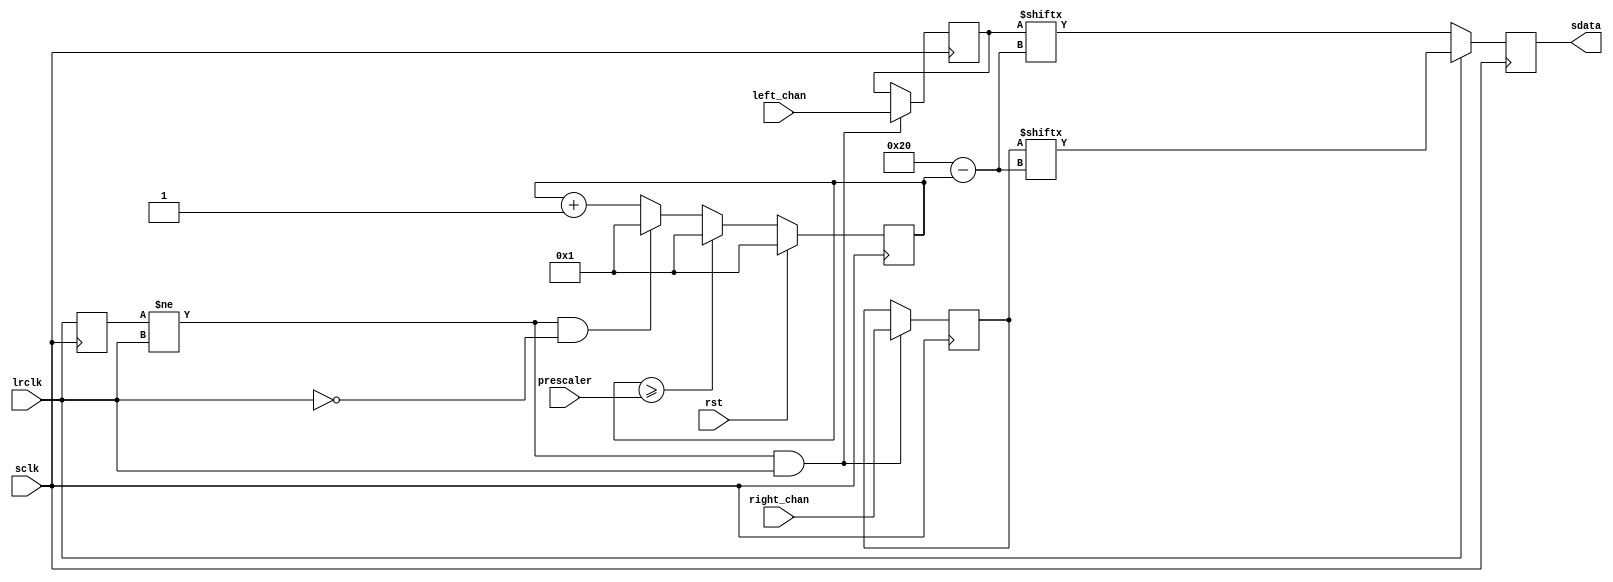
/*
 * Copyright (c) 2013, Stefan Kristiansson <stefan.kristiansson@saunalahti.fi>
 * All rights reserved.
 *
 * Redistribution and use in source and non-source forms, with or without
 * modification, are permitted provided that the following conditions are met:
 *     * Redistributions of source code must retain the above copyright
 *       notice, this list of conditions and the following disclaimer.
 *     * Redistributions in non-source form must reproduce the above copyright
 *       notice, this list of conditions and the following disclaimer in the
 *       documentation and/or other materials provided with the distribution.
 *
 * THIS WORK IS PROVIDED BY THE COPYRIGHT HOLDERS AND CONTRIBUTORS "AS IS"
 * AND ANY EXPRESS OR IMPLIED WARRANTIES, INCLUDING, BUT NOT LIMITED TO,
 * THE IMPLIED WARRANTIES OF MERCHANTABILITY AND FITNESS FOR A PARTICULAR
 * PURPOSE ARE DISCLAIMED. IN NO EVENT SHALL THE COPYRIGHT HOLDER OR
 * CONTRIBUTORS BE LIABLE FOR ANY DIRECT, INDIRECT, INCIDENTAL, SPECIAL,
 * EXEMPLARY, OR CONSEQUENTIAL DAMAGES (INCLUDING, BUT NOT LIMITED TO,
 * PROCUREMENT OF SUBSTITUTE GOODS OR SERVICES;
 * LOSS OF USE, DATA, OR PROFITS; OR BUSINESS INTERRUPTION) HOWEVER CAUSED AND
 * ON ANY THEORY OF LIABILITY, WHETHER IN CONTRACT, STRICT LIABILITY, OR TORT
 * (INCLUDING NEGLIGENCE OR OTHERWISE) ARISING IN ANY WAY OUT OF THE USE OF THIS
 * WORK, EVEN IF ADVISED OF THE POSSIBILITY OF SUCH DAMAGE.
 */

module i2s_tx #(
	parameter AUDIO_DW	= 32
)(
	input			sclk,
	input			rst,

	// Prescaler for lrclk generation from sclk should hold the number of
	// sclk cycles per channel (left and right).
	input [AUDIO_DW-1:0]	prescaler,

	input                   lrclk,
	output reg		sdata,

	// Parallel datastreams
	input [AUDIO_DW-1:0]	left_chan,
	input [AUDIO_DW-1:0]	right_chan
);

reg [AUDIO_DW-1:0]		bit_cnt;
reg [AUDIO_DW-1:0]		left;
reg [AUDIO_DW-1:0]		right;
reg lr_d;

always @(negedge sclk)
    lr_d <= lrclk;

always @(negedge sclk)
	if (rst)
		bit_cnt <= 1;
	else if (bit_cnt >= prescaler)
		bit_cnt <= 1;
	else if (lr_d != lrclk && !lrclk)
		bit_cnt <= 1;
	else
		bit_cnt <= bit_cnt + 1;

// Sample channels on the transfer of the last bit of the right channel
always @(negedge sclk)
	if (lr_d != lrclk && lrclk) begin
		left <= left_chan;
		right <= right_chan;
	end

always @(negedge sclk)
	sdata <= lrclk ? right[AUDIO_DW - bit_cnt] : left[AUDIO_DW - bit_cnt];

endmodule